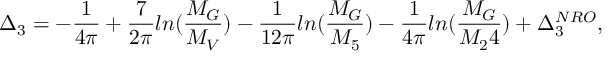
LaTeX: \Delta _ { 3 } = - \frac { 1 } { 4 \pi } + \frac { 7 } { 2 \pi } l n ( \frac { M _ { G } } { M _ { V } } ) - \frac { 1 } { 1 2 \pi } l n ( \frac { M _ { G } } { M _ { 5 } } ) - \frac { 1 } { 4 \pi } l n ( \frac { M _ { G } } { M _ { 2 } 4 } ) + \Delta _ { 3 } ^ { N R O } ,